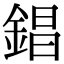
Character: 錩